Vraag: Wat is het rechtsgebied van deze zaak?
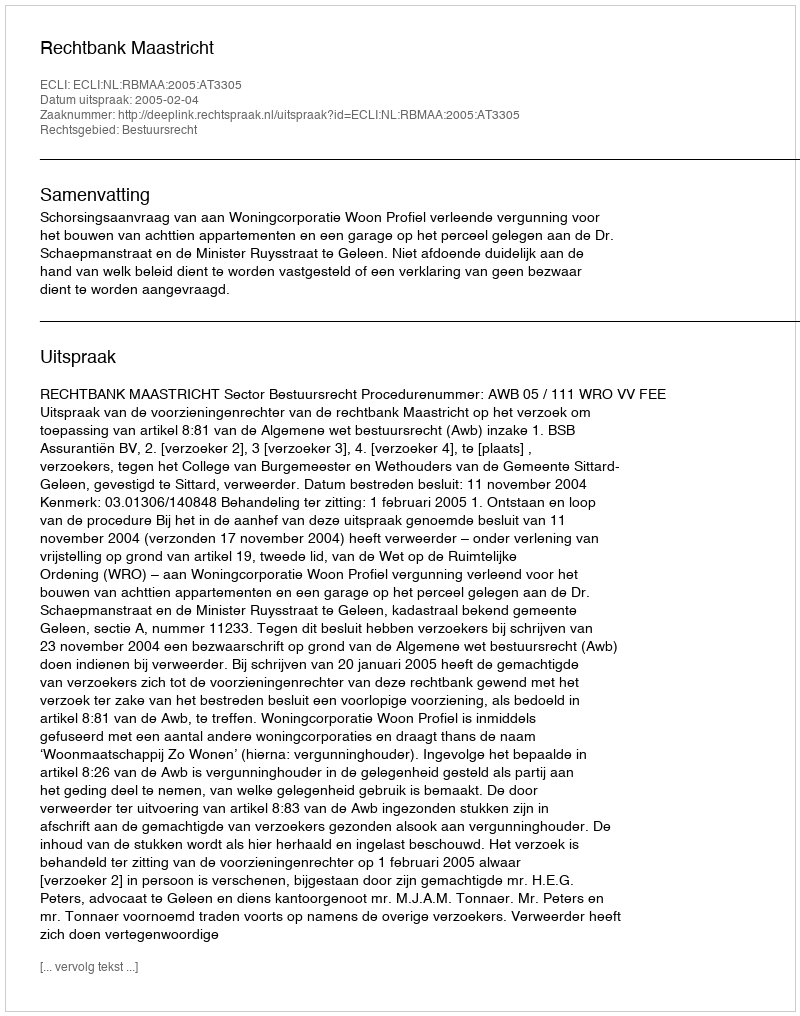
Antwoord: Bestuursrecht